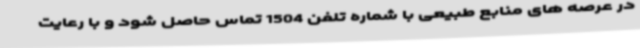
در عرصه های منابع طبیعی با شماره تلفن 1504 تماس حاصل شود و با رعایت